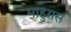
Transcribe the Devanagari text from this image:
माहुरास